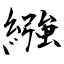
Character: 繈